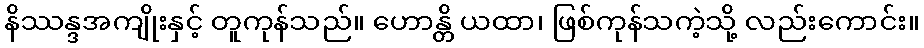
နိဿန္ဒအကျိုးနှင့် တူကုန်သည်။ ဟောန္တိ ယထာ၊ ဖြစ်ကုန်သကဲ့သို့ လည်းကောင်း။